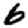
Digit: 6